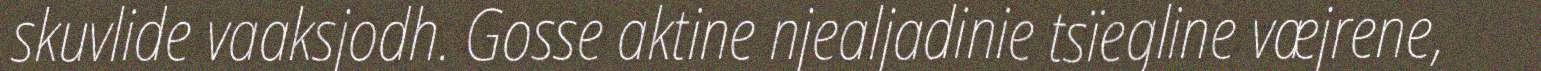
skuvlide vaaksjodh. Gosse aktine njealjadinie tsïegline væjrene,